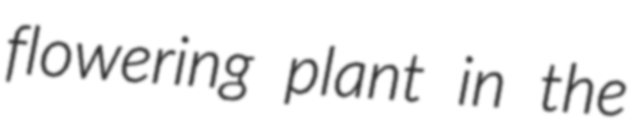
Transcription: flowering plant in the